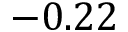
- 0 . 2 2